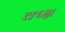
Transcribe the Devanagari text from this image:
क्ष्क्ष